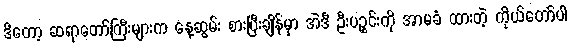
ဒီတော့ ဆရာတော်ကြီးများက နေ့ဆွမ်း စားပြီးချိန်မှာ အဲဒီ ဦးပဉ္စင်းကို အာမခံ ထားတဲ့ ကိုယ်တော်ပါ